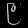
Digit: ၉